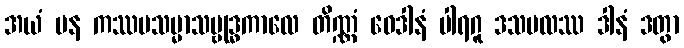
အယံ ပန ကဿပသမ္မာသမ္ဗုဒ္ဓကာလေ တိဏ္ဏံ ဝေဒါနံ ပါရဂူ ဒသဗလဿ ဒါနံ ဒတွာ